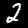
Digit: 2